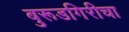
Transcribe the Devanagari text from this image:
बुरूडगिरीचा